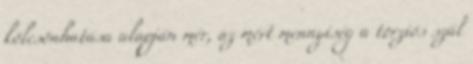
kölcsönhatása alapján mér, az mért mennyiség a torziós szál